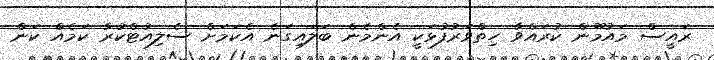
ރައީސް މައުމޫން ކުރައްވާ ހިތްވަރުފުޅަކީ އެންމެން ބަލައިގަނެ އެކަމަށް ސެލިއުޓްކުރާ ކަމެއް ކަން